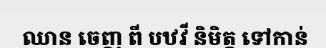
ឈាន ចេញ ពី បឋវី និមិត្ត ទៅកាន់